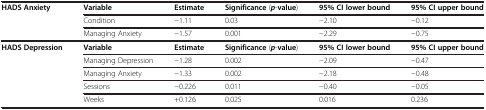
| <ROWSPAN=3> HADS Anxiety | Variable | Estimate | Significance (p-value) | 95%CI lower bound | 95%CI upper bound |
 | Condition | −1.11 | 0.03 | −2.10 | −0.12 |
 | Managing Anxiety | −1.57 | 0.001 | −2.29 | −0.75 |
 | --- | --- | --- | --- | --- | --- |
 | <ROWSPAN=4> HADS Depression | Variable | Estimate | Significance (p-value) | 95%CI lower bound | 95%CI upper bound |
 | Managing Depression | −1.28 | 0.002 | −2.09 | −0.47 |
 | Managing Anxiety | −1.33 | 0.002 | −2.18 | −0.48 |
 | Sessions | −0.226 | 0.011 | −0.40 | −0.05 |
 |  | Weeks | +0.126 | 0.025 | 0.016 | 0.236 |